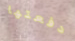
دفعتها